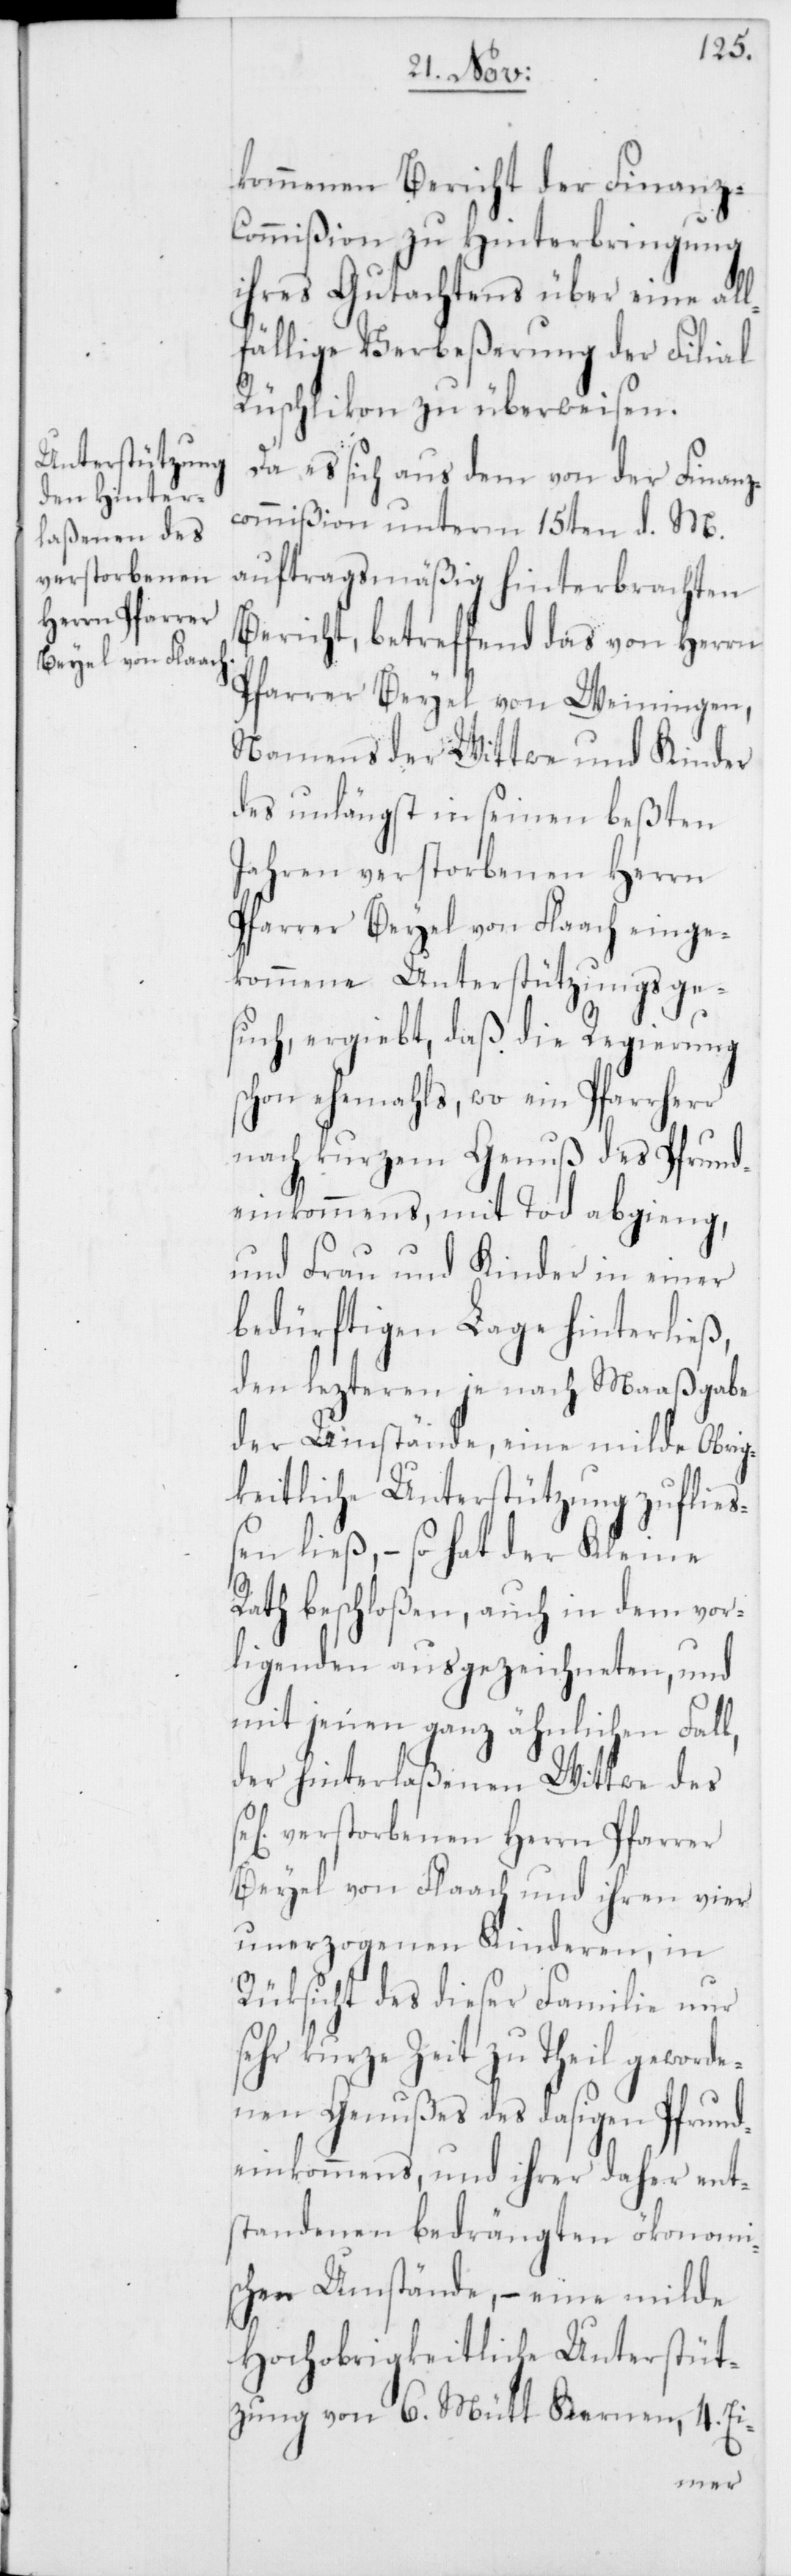
verstorbenen
Herrn Pfarrer

kommenen Bericht der Finanz-C¬
ommißion zu Hinterbringung
ihres Gutachtens über eine all¬
fällige Verbeßerung der Filial
Rüschlikon zu überweisen.
Da es sich aus dem von der Finanz¬
commißion unterm 15ten d. M.
auftragsmäßig hinterbrachten
Bericht, betreffend das von Herrn
Pfarrer Beyel von Weiningen,
Namens der Wittwe und Kinder
des unlängst in seinen beßten
Jahren verstorbenen Herrn
Pfarrer Beyel von Flaach einge¬
kommene Unterstützungsge¬
such, ergiebt, daß die Regierung
schon ehemahls, wo ein Pfarrherr
nach kurzem Genuß des Pfrund¬
einkommens, mit Tod abgieng,
und Frau und Kinder in einer
bedürftigen Lage hinterließ,
den lezteren je nach Maaßgabe
der Umstände, eine milde Obrig¬
keitliche Unterstützung zufließ¬
en ließ, – so hat der Kleine
Rath beschloßen, auch in dem vor¬
ligenden ausgezeichneten und
mit jenen ganz ähnlichen Fall,
der hinterlaßenen Wittwe des
Beyel von Flaach und ihren vier
unerzogenen Kinderen, in
Rüksicht des dieser Familie nur
sehr kurze Zeit zu Theil geword¬
enen Genußes des dasigen Pfrund¬
einkommens, und ihrer daher ent¬
standenen bedrängten ökonomis¬
chen Umstände, – eine milde
Hochobrigkeitliche Unterstüt¬
zung von 6. Mütt Kernen, 4. Ei-